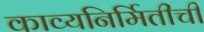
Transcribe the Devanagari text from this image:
काव्यनिर्मितीची